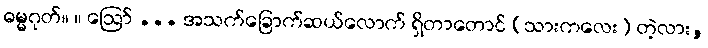
ဓမ္မဂုတ်။ ။ ဩော် ... အသက်ခြောက်ဆယ်လောက် ရှိတာတောင် (သားကလေး) တဲ့လား,